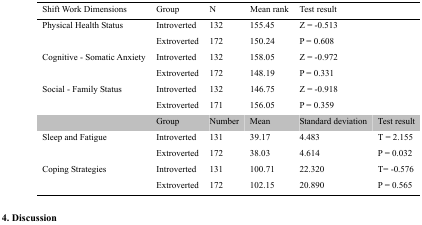
<table><thead><tr><td><b>Shift Work Dimensions</b></td><td><b>Group</b></td><td><b>N</b></td><td><b>Mean rank</b></td><td colspan="2"><b>Test result</b></td></tr></thead><tbody><tr><td rowspan="2">Physical Health Status</td><td>Introverted</td><td>132</td><td>155.45</td><td colspan="2">Z = -0.513</td></tr><tr><td>Extroverted</td><td>172</td><td>150.24</td><td colspan="2">P = 0.608</td></tr><tr><td rowspan="2">Cognitive - Somatic Anxiety</td><td>Introverted</td><td>132</td><td>158.05</td><td colspan="2">Z = -0.972</td></tr><tr><td>Extroverted</td><td>172</td><td>148.19</td><td colspan="2">P = 0.331</td></tr><tr><td rowspan="3">Social - Family Status</td><td>Introverted</td><td>132</td><td>146.75</td><td colspan="2">Z = -0.918</td></tr><tr><td>Extroverted</td><td>171</td><td>156.05</td><td colspan="2">P = 0.359</td></tr><tr><td>Group</td><td>Number</td><td>Mean</td><td>Standard deviation</td><td>Test result</td></tr><tr><td rowspan="2">Sleep and Fatigue</td><td>Introverted</td><td>131</td><td>39.17</td><td>4.483</td><td>T = 2.155</td></tr><tr><td>Extroverted</td><td>172</td><td>38.03</td><td>4.614</td><td>P = 0.032</td></tr><tr><td rowspan="2">Coping Strategies</td><td>Introverted</td><td>131</td><td>100.71</td><td>22.320</td><td>T= -0.576</td></tr><tr><td>Extroverted</td><td>172</td><td>102.15</td><td>20.890</td><td>P = 0.565</td></tr></tbody></table>